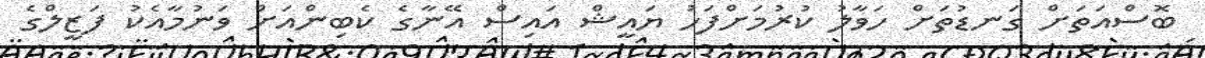
ބޮސްއަތަށް ގަނޑުތަށް ހަވާލު ކުރުމަށްފަހު ޔައީޝް އައިސް އޭނާގެ ކެބިންއަށް ވަނުމާއެކު ފަޒީލްގެ